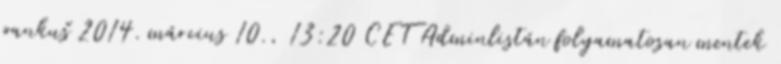
pankuš 2014. március 10., 13:20 CET Adminlistán folyamatosan mentek